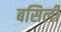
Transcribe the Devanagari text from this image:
बसिली